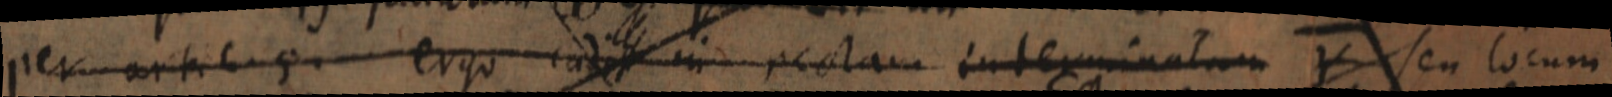
per artibus ergo cadit in rectam interminatum Y seu locum